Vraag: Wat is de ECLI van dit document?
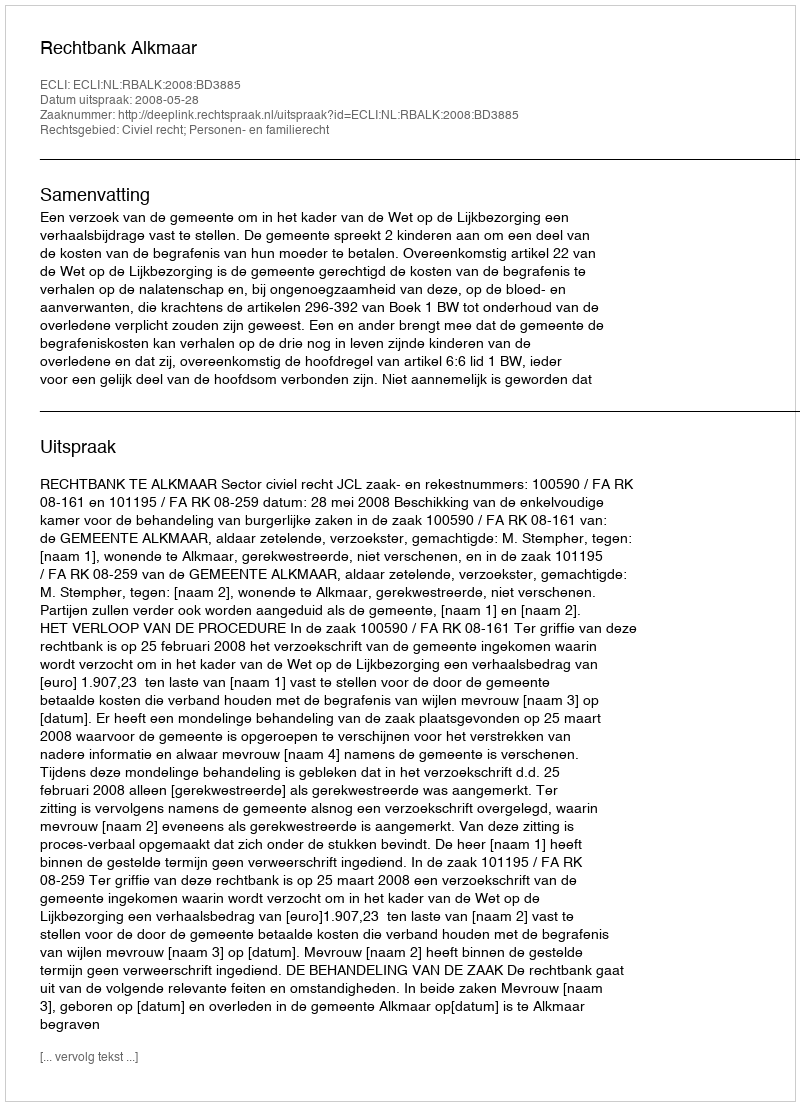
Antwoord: ECLI:NL:RBALK:2008:BD3885